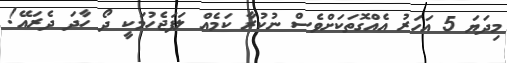
މިދަޔަ 5 އަހަރު އެއްގޮތަކަށްވެސް ނުކުރާ ކަމެއް ލަފަޖެހުމަކީ ދޯ ހާދަ ދެރައޭ!